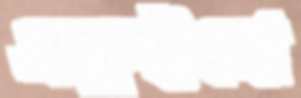
একুইনো